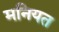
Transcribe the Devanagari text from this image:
मनियत